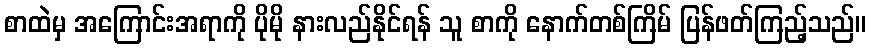
စာထဲမှ အကြောင်းအရာကို ပိုမို နားလည်နိုင်ရန် သူ စာကို နောက်တစ်ကြိမ် ပြန်ဖတ်ကြည့်သည်။